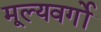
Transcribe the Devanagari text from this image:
मूल्यवर्गो